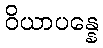
ဝိယာပန္နေ